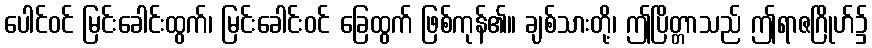
ပေါင်ဝင် မြင်းခေါင်းထွက်၊ မြင်းခေါင်းဝင် ခြေထွက် ဖြစ်ကုန်၏။ ချစ်သားတို့၊ ဤပြိတ္တာသည် ဤရာဇဂြိုဟ်၌